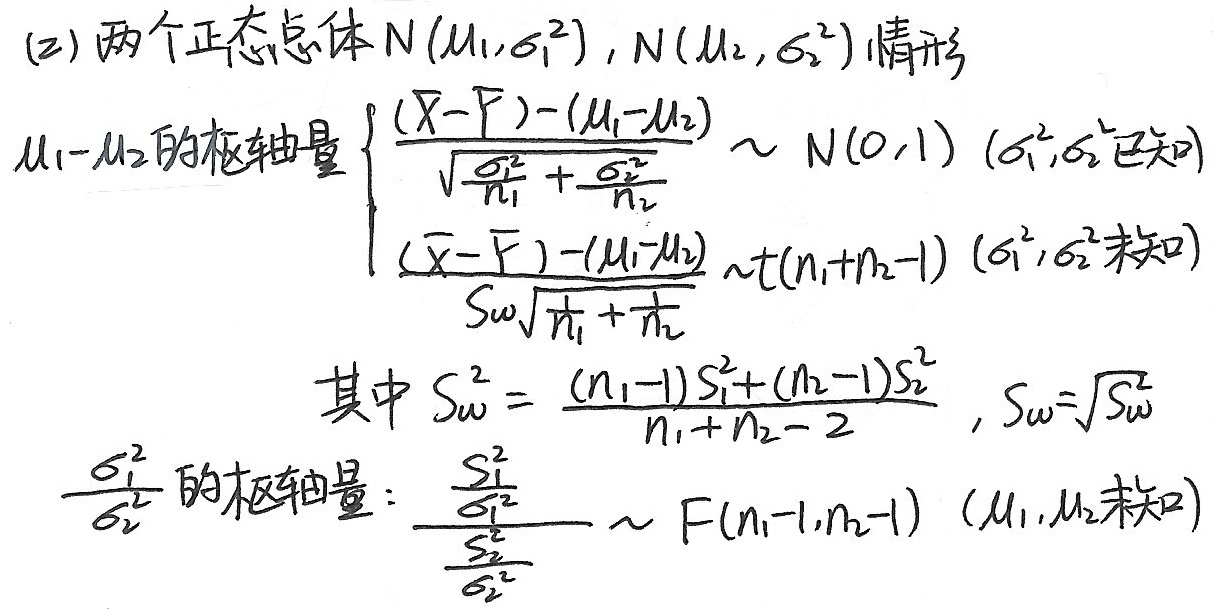
(2) 两个正态总体 \(N(\mu_1,\sigma_1^{2}),N(\mu_2,\sigma_2^{2})\)情形
\(\mu_1 - \mu_2\)的枢轴量
\(\begin{cases}
\frac{(\overline{X}-\overline{Y})-(\mu_1 - \mu_2)}{\sqrt{\frac{\sigma_1^{2}}{n_1}+\frac{\sigma_2^{2}}{n_2}}}\sim N(0,1) & (\sigma_1^{2},\sigma_2^{2}已知) \\
\frac{(\overline{X}-\overline{Y})-(\mu_1 - \mu_2)}{S_w\sqrt{\frac{1}{n_1}+\frac{1}{n_2}}}\sim t(n_1 + n_2 - 1) & (\sigma_1^{2},\sigma_2^{2}未知)
\end{cases}\)
其中 \(S_w^{2}=\frac{(n_1 - 1)S_1^{2}+(n_2 - 1)S_2^{2}}{n_1 + n_2 - 2}\), \(S_w = \sqrt{S_w^{2}}\)
\(\frac{\sigma_1^{2}}{\sigma_2^{2}}\)的枢轴量：\(\frac{\frac{S_1^{2}}{\sigma_1^{2}}}{\frac{S_2^{2}}{\sigma_2^{2}}}\sim F(n_1 - 1,n_2 - 1)\) (\(\mu_1,\mu_2\)未知)